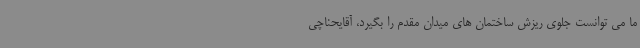
ما می توانست جلوی ریزش ساختمان های میدان مقدم را بگیرد، آقایحناچی